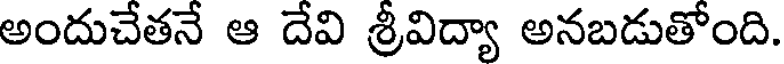
అందుచేతనే ఆ దేవి శ్రీవిద్యా అనబడుతోంది.